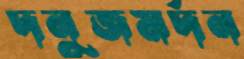
দনুজমর্দন